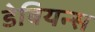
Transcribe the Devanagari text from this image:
डेबियन्स